Leaving Certificate Examination (including Day School Certificate (Higher) General paper), 1926
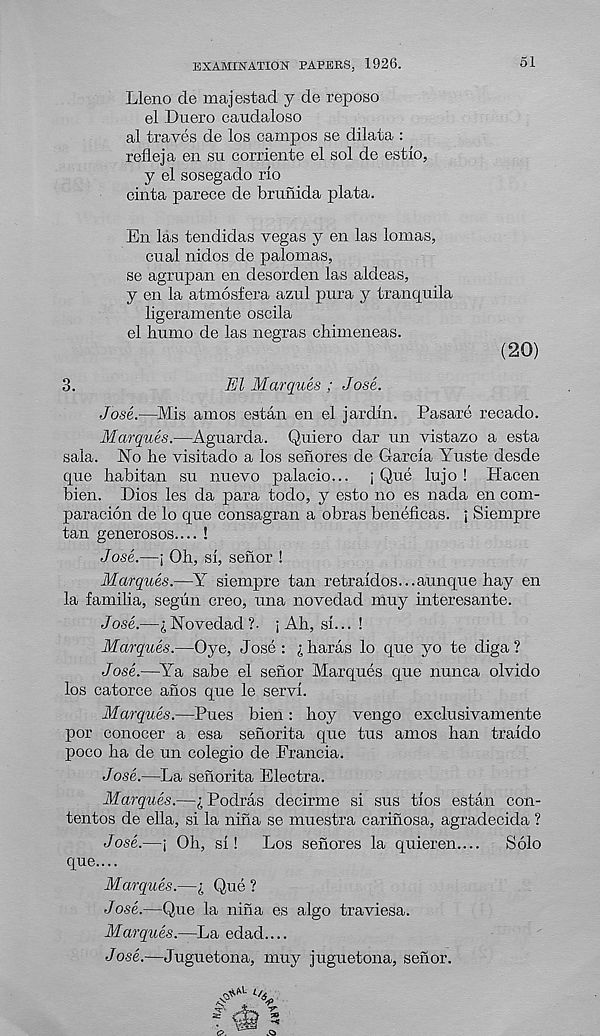
EXAMINATION PAPERS. 1926.
51
Lleno de majestad y de reposo
el Duero caudaloso
al traves de los campos se dilata :
refleja en su corriente el sol de estlo,
y el sosegado rlo
cinta parece de brunida plata.
En las tendidas vegas y en las lomas,
cual nidos de palomas,
se agrupan en desorden las aldeas,
y en la atmosfera azul pura y tranquila
ligeramente oscila
el humo de las negras chimeneas.
(20)
3.
El Marques ; Jose.
Jose.—Mis amos eatan en el jardln. Pasare recado.
Marques.—Aguarda. Quiero dar un vistazo a esta
sala. No he visitado a los sehores de Garcia Yuste desde
que habitan su nuevo palacio... ; Q,ue lujo ! Hacen
bien. Dios les da para todo, y esto no es nada en com-
paracion de lo que consagran a obras beneficas. ; Siempre
tan generosos.... !
Jose.—; Oh, si, senor !
Marques.—Y siempre tan retraldos...aunque hay en
la familia, segun creo, una novedad muy interesante.
Jose.—i Novedad ?• ; Ah, si... !
Marques.—Oye, Jose : i haras lo que yo te diga ?
Jose.—Ya sabe el senor Marques que nunca olvido
los catorce anos que le servi.
Marques.—Pues bien: hoy vengo exclusivamente
por conocer a esa senorita que tus amos han traido
poco ha de un colegio de Francia.
Jose.—La senorita Electra.
Marques.—Podras decirme si sus tios estan con-
tentos de ella, si la nina se muestra carinosa, agradecida ?
Jose.—j Oh, si!
Los senores la quieren....
Solo
que....
Marques.—i Que ?
Jose.—Que la niha es algo traviesa.
Marques.—La edad....
Jose.—Juguetona, muy juguetona, senor.